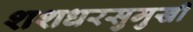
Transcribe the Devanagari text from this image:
शशधरसुमुखी